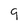
Character: 9